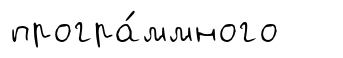
програ́ммного